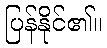
ပြန်နိုင်၏။